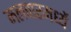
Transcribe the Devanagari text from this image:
मलवारमध्यें